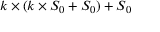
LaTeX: k \times ( k \times S _ { 0 } + S _ { 0 } ) + S _ { 0 }